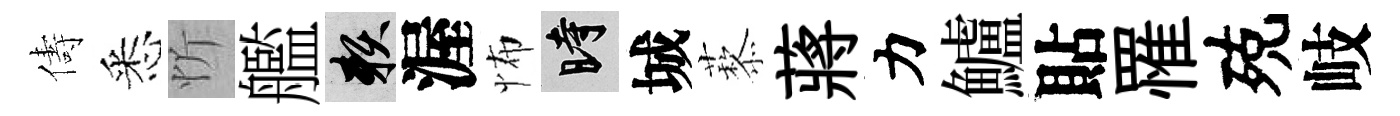
儔悉忻艦賴渥怖时城藜蔣力鱸貼罹殑岐